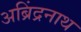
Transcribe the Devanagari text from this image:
अब्रिंद्रनाथ